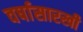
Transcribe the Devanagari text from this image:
वर्षासारखी